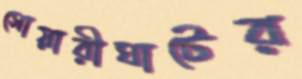
সোয়ারীঘাটের